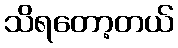
သိရတော့တယ်